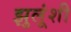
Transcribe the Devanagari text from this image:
झुलूंशी